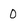
Character: 0